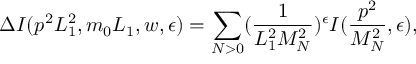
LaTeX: \Delta I ( p ^ { 2 } L _ { 1 } ^ { 2 } , m _ { 0 } L _ { 1 } , w , \epsilon ) = \sum _ { N > 0 } ( \frac { 1 } { L _ { 1 } ^ { 2 } M _ { N } ^ { 2 } } ) ^ { \epsilon } I ( \frac { p ^ { 2 } } { M _ { N } ^ { 2 } } , \epsilon ) ,